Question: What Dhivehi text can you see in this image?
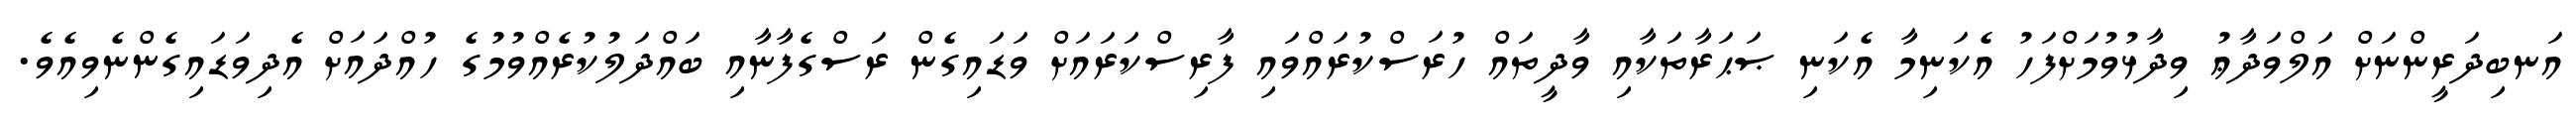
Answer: އަނބިދަރީންނަށް އަލްވަދާޢު ވިދާޅުވުމަށްފަހު އެކަނިމާ އެކަނި ޞަޙަރާތަކާއި ވާދީތައް ހުރަސްކުރައްވައި ފާރިސްކަރައަށް ވަޑައިގެން ރަސްގެފާނާއި ބައްދަލުކުރެއްވުމުގެ ހުއްދައަށް އެދިވަޑައިގެންނެވިއެވެ.